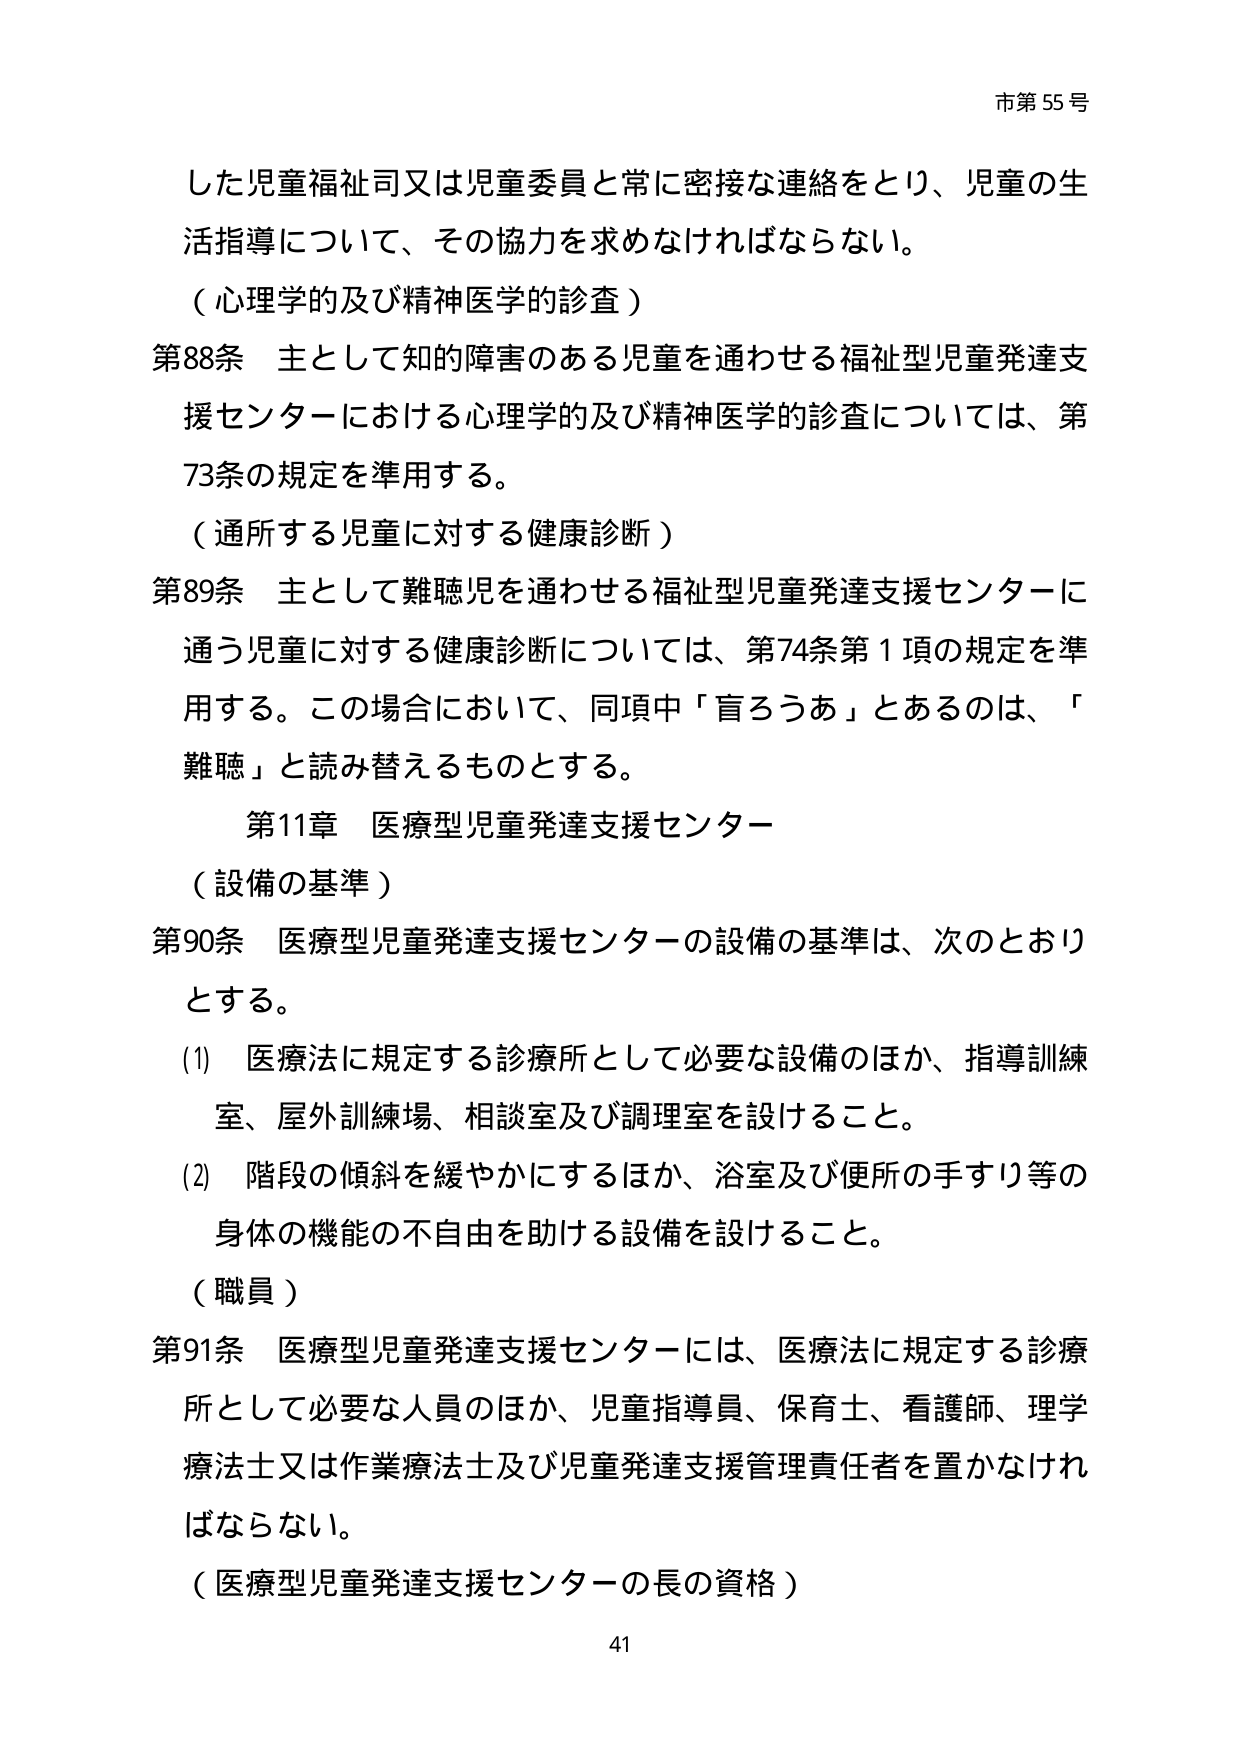
市第55号

した児童福祉司又は児童委員と常に密接な連絡をとり、児童の生活指導について、その協力を求めなければならない。

（心理学的及び精神医学的診査）

第88条 主として知的障害のある児童を通わせる福祉型児童発達支援センターにおける心理学的及び精神医学的診査については、第73条の規定を準用する。

（通所する児童に対する健康診断）

第89条 主として難聴児を通わせる福祉型児童発達支援センターに通う児童に対する健康診断については、第74条第1項の規定を準用する。この場合において、同項中「盲ろうあ」とあるのは、「難聴」と読み替えるものとする。

第11章 医療型児童発達支援センター

（設備の基準）

第90条 医療型児童発達支援センターの設備の基準は、次のとおりとする。

(1) 医療法に規定する診療所として必要な設備のほか、指導訓練室、屋外訓練場、相談室及び調理室を設けること。

(2) 階段の傾斜を緩やかにするほか、浴室及び便所の手すり等の身体の機能の不自由を助ける設備を設けること。

（職員）

第91条 医療型児童発達支援センターには、医療法に規定する診療所として必要な人員のほか、児童指導員、保育士、看護師、理学療法士又は作業療法士及び児童発達支援管理責任者を置かなければならない。

（医療型児童発達支援センターの長の資格）

41